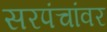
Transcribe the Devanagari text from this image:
सरपंचांवर